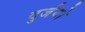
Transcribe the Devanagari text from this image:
दुर्जयो